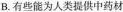
B.有些能为人类提供中药材